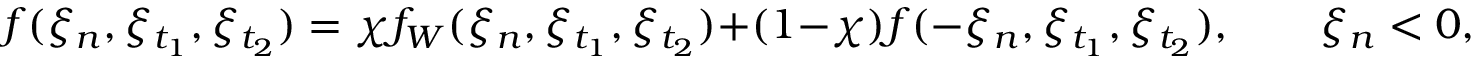
f ( \xi _ { n } , \xi _ { t _ { 1 } } , \xi _ { t _ { 2 } } ) = \chi f _ { W } ( \xi _ { n } , \xi _ { t _ { 1 } } , \xi _ { t _ { 2 } } ) + ( 1 - \chi ) f ( - \xi _ { n } , \xi _ { t _ { 1 } } , \xi _ { t _ { 2 } } ) , \qquad \xi _ { n } < 0 ,